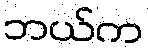
ဘယ်က